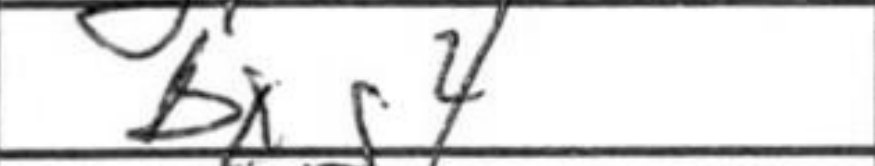
Transcription: bxg4